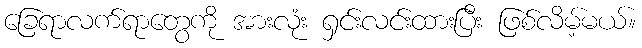
ခြေရာလက်ရာတွေကို အားလုံး ရှင်းလင်းထားပြီး ဖြစ်လိမ့်မယ်။